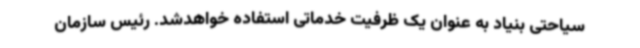
سیاحتی بنیاد به عنوان یک ظرفیت خدماتی استفاده خواهدشد. رئیس سازمان